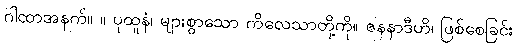
ဂါထာအနက်။ ။ ပုထူနံ၊ များစွာသော ကိလေသာတို့ကို။ ဇနနာဒီဟိ၊ ဖြစ်စေခြင်း